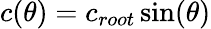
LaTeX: c(\theta)=c_{root}\sin(\theta)